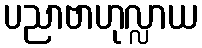
ပညာဗာဟုလ္လာယ